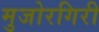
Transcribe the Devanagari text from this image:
मुजोरगिरी